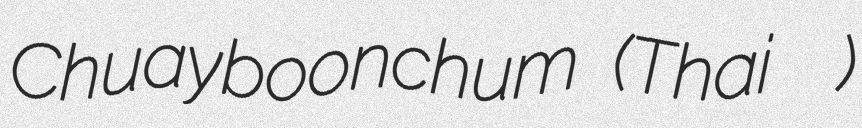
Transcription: Chuayboonchum (Thai สมชาย ชวยบุญชุม)